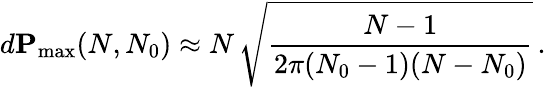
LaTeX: d\mathbf{P}_{\operatorname*{max}}(N,N_{0})\approx N\, \sqrt{\frac{N-1}{2\pi(N_{0}-1)(N-N_{0})}}\, .